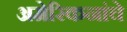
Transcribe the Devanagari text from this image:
अमेरिकनांचे